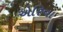
એરિવા